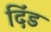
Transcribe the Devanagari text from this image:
दिंड